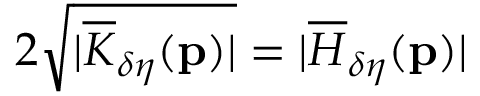
2 \sqrt { \vert \overline { { K } } _ { \delta \eta } ( \mathbf { p } ) \vert } = \vert \overline { { H } } _ { \delta \eta } ( \mathbf { p } ) \vert